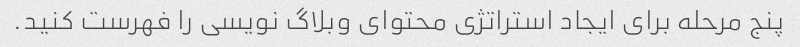
پنج مرحله برای ایجاد استراتژی محتوای وبلاگ نویسی را فهرست کنید.